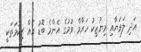
އަދި ލަވަޔާއި މިޔުޒިކު ހަރާމް ވުމުގެ އެންމެ ބޮޑު އެއް ޙިކުމަތަކީ